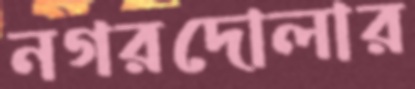
নগরদোলার